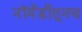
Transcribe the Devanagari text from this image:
नॉर्मंडीतूनच